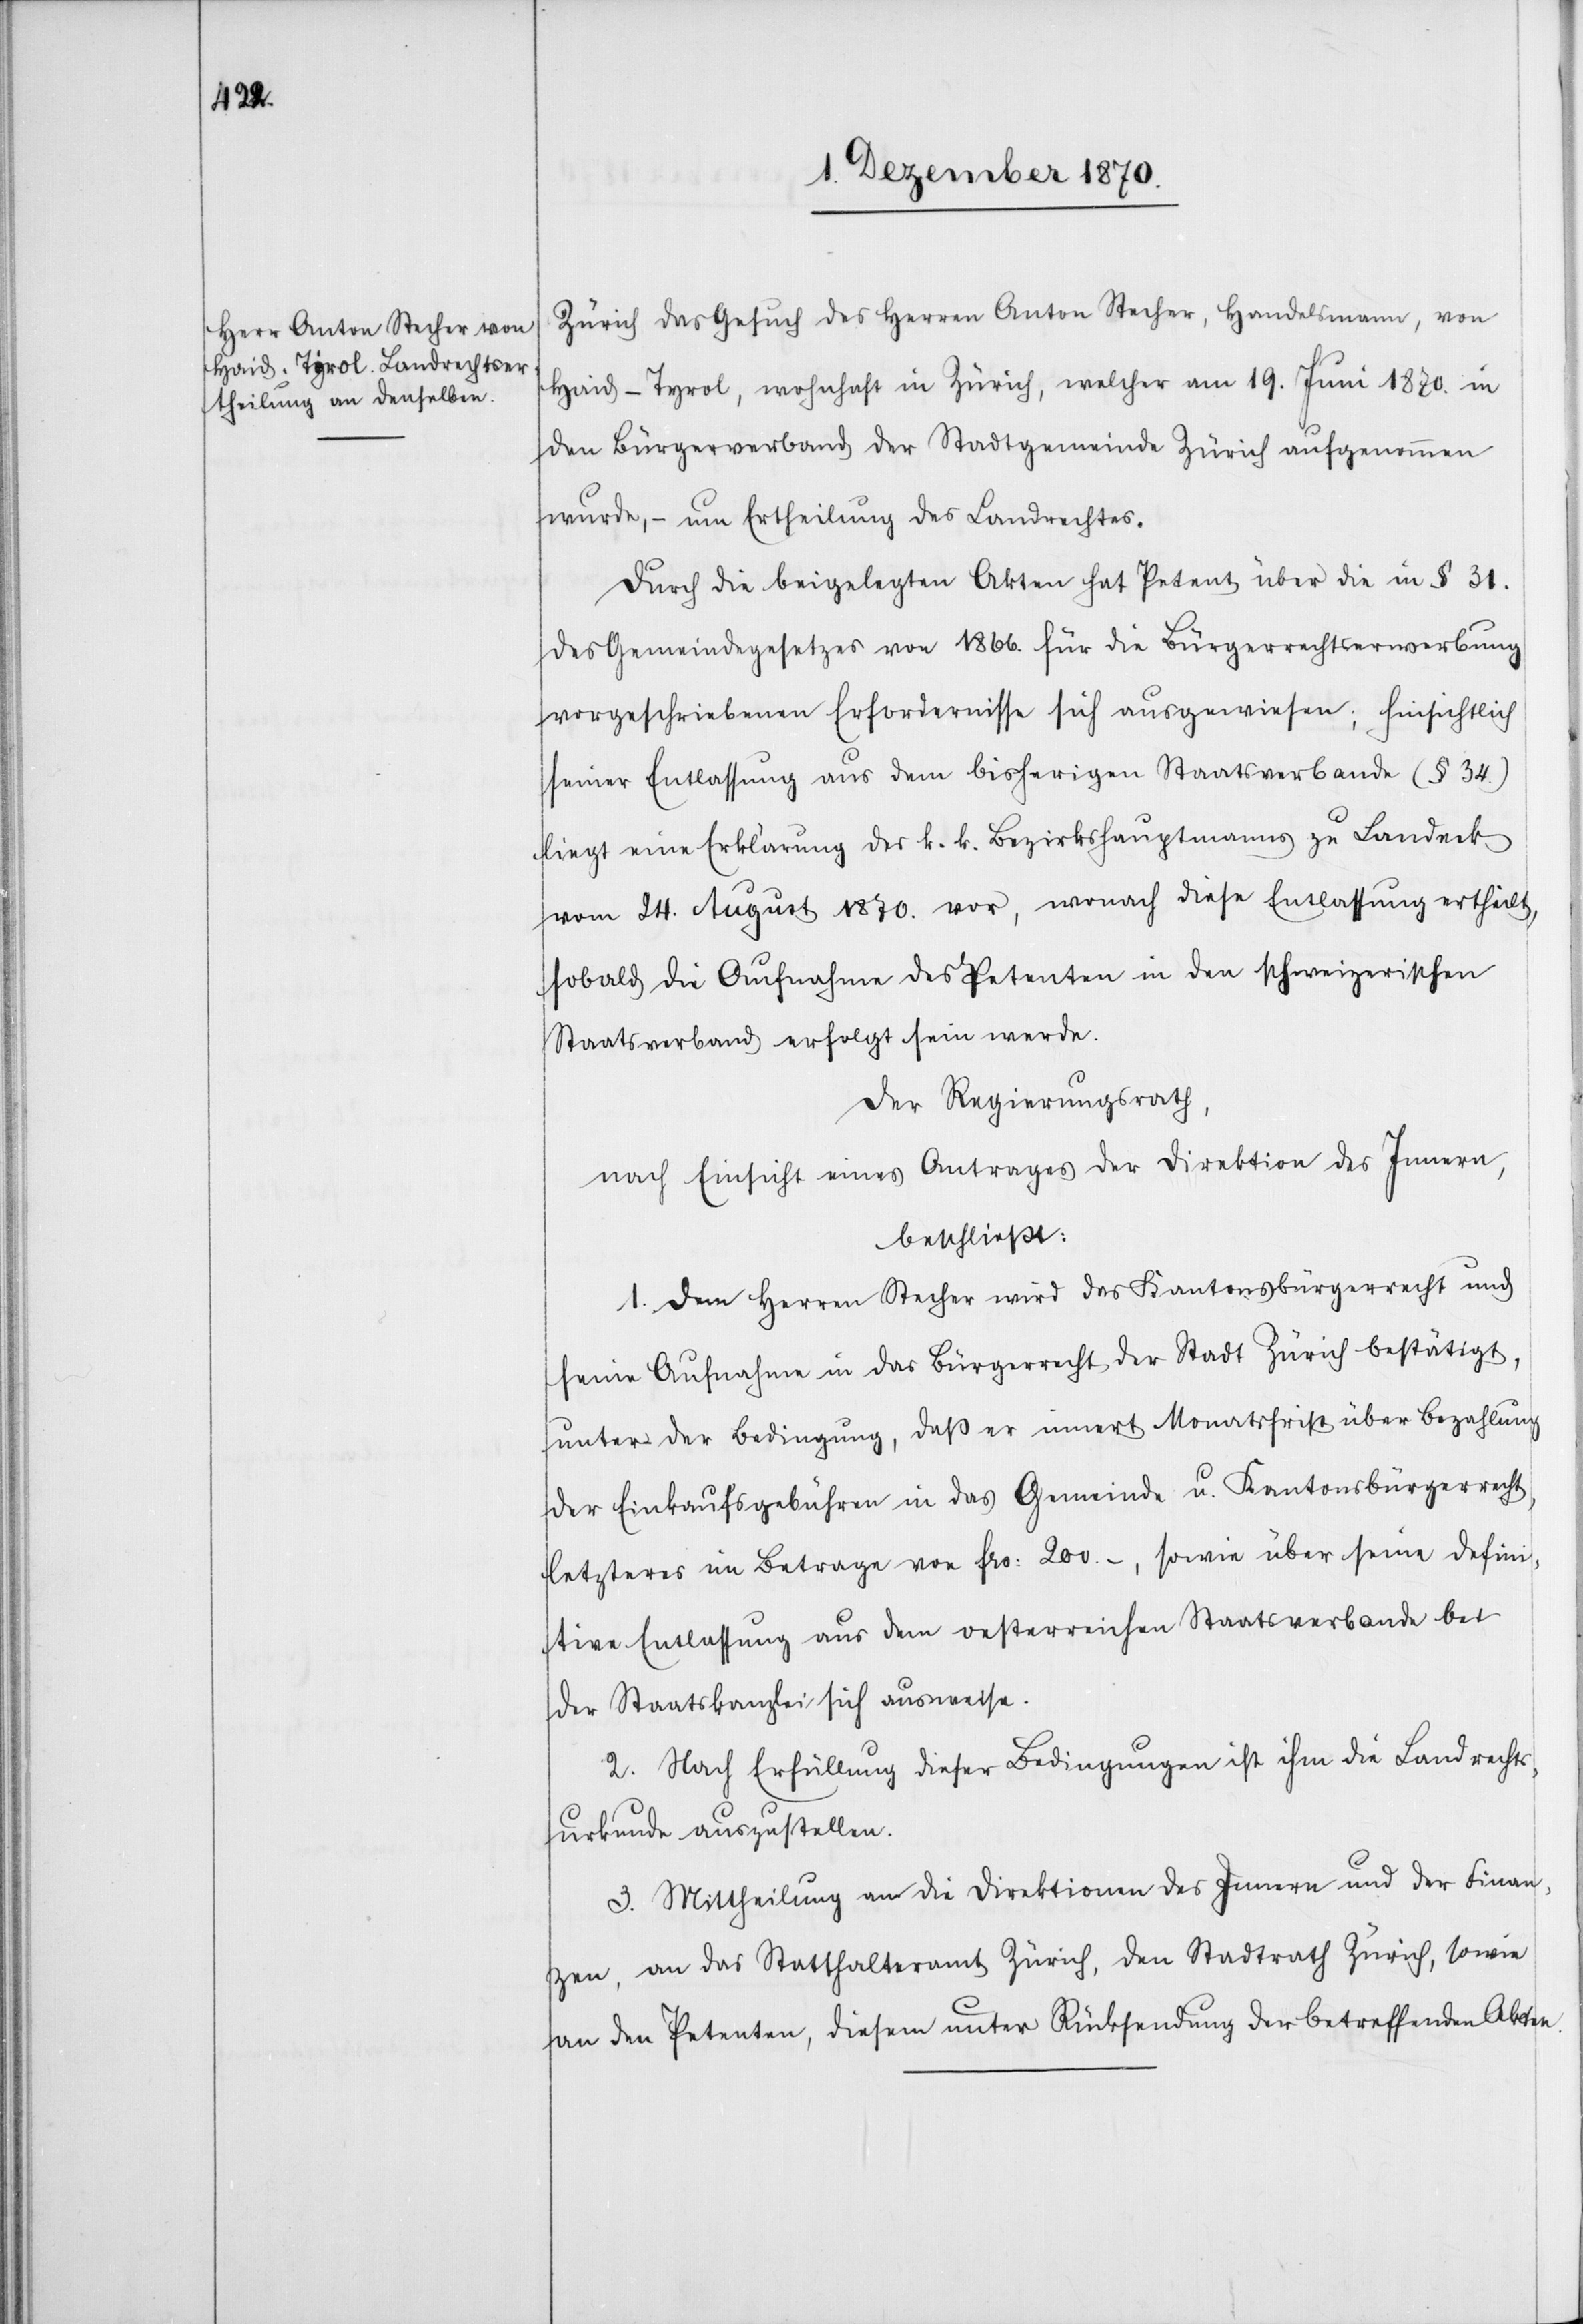
Zürich das Gesuch des Herren Anton Stecher, Handelsmann, von
Haid - Tyrol, wohnhaft in Zürich, welcher am 19. Juni 1870. in
den Bürgerverband der Stadtgemeinde Zürich aufgenommen
wurde, – um Ertheilung des Landrechtes.
Durch die beigelegten Akten hat Petent über die in § 31.
des Gemeindegesetzes von 1866. für die Bürgerrechtserwerbung
vorgeschriebenen Erfordernisse sich ausgewiesen; hinsichtlich
seiner Entlassung aus dem bisherigen Staatsverbande (§ 34.)
liegt eine Erklärung des k. k. Bezirkshauptmannes zu Landeck
vom 24. August 1870. vor, wonach diese Entlassung ertheilt,
sobald die Aufnahme des Petenten in den schweizerischen
Staatsverband erfolgt sein werde.
Der Regierungsrath
nach Einsicht eines Antrages der Direktion des Innern,
beschließt:
1. Dem Herren Stecher wird das Kantonsbürgerrecht und
seine Aufnahme in das Bürgerrecht der Stadt Zürich bestätigt,
unter der Bedingung, daß er innert Monatsfrist über Bezahlung
der Einkaufsgebühren in das Gemeinde u. Kantonsbürgerrecht,
letzteres im Betrage von Frs: 200.-, sowie über seine defini¬
tive Entlassung aus dem oesterreich[isch]en Staatsverbande bei
der Staatskanzlei sich ausweise.
2. Nach Erfüllung dieser Bedingungen ist ihm die Landrechts¬
urkunde auszustellen.
3. Mittheilung an die Direktionen des Innern und der Finan¬
zen, an das Statthalteramt Zürich, den Stadtrath Zürich, sowie
an den Petenten, diesem unter Rücksendung der betreffenden Akten.